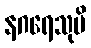
နဂရေသုပိ